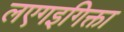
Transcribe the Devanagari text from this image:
लएगइगिक्ता